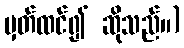
မှတ်ထင်၍ ဆိုသည်။)